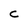
Character: C